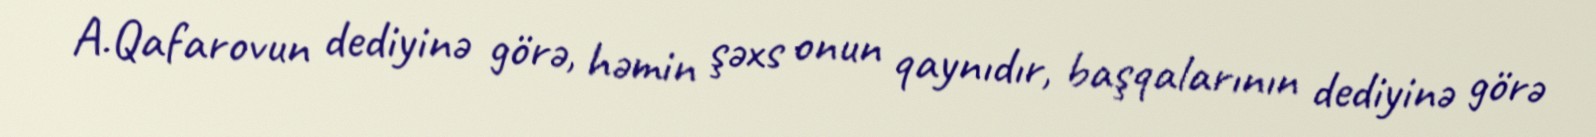
A.Qafarovun dediyinə görə, həmin şəxs onun qaynıdır, başqalarının dediyinə görə